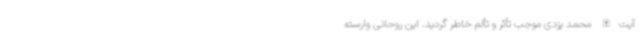
آیت‌الله محمد یزدی موجب تأثر و تألم خاطر گردید. این روحانی وارسته